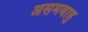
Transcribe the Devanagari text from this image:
असमबाहु